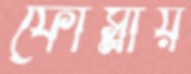
ফোস্‌লায়